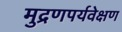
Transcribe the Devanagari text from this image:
मुद्रणपर्यवेक्षण